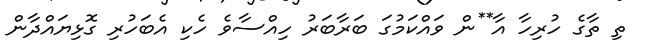
ތި ތާގެ ހުރިހާ އާ**ން ވައްކަމުގަ ބަރާބަރު ހިއްސާވެ ހެކި އެބަހުރި ގޮޅިޔައްދާން